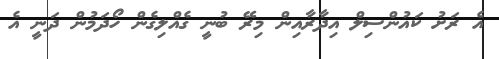
އެ ރަށު ކައުންސިލް އިދާރާއިން މިރޭ ބުނީ ގެއްލިގެން ހޯދަމުން ދަނީ އެ